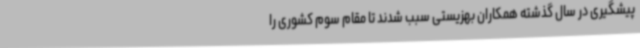
پیشگیری در سال گذشته همکاران بهزیستی سبب شدند تا مقام سوم کشوری را